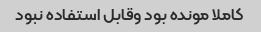
کاملا مونده بود وقابل استفاده نبود